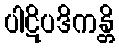
ပါဋိပဒိကန္တိ